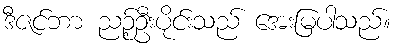
ဒီဇင်ဘာ ညဉ့်ဦးပိုင်းသည် အေးမြပါသည်။